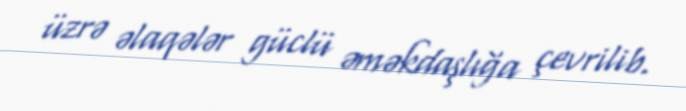
üzrə əlaqələr güclü əməkdaşlığa çevrilib.